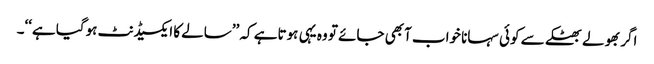
اگر بھولے بھٹکے سے کوئی سہانا خواب آبھی جائے تو وہ یہی ہوتاہے کہ ’’سالے کا ایکسیڈنٹ ہوگیا ہے‘‘۔